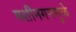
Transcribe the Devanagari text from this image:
मशीनगनमुळे